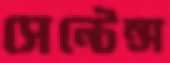
সেন্টেন্স